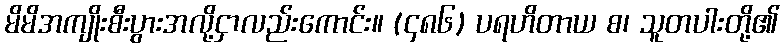
မိမိအကျိုးစီးပွားအလို့ငှာလည်းကောင်း။ (၄၈၆) ပရဟိတာယ စ၊ သူတပါးတို့၏